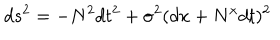
LaTeX: d s ^ { 2 } = - N ^ { 2 } d t ^ { 2 } + \sigma ^ { 2 } ( d x + N ^ { x } d t ) ^ { 2 }